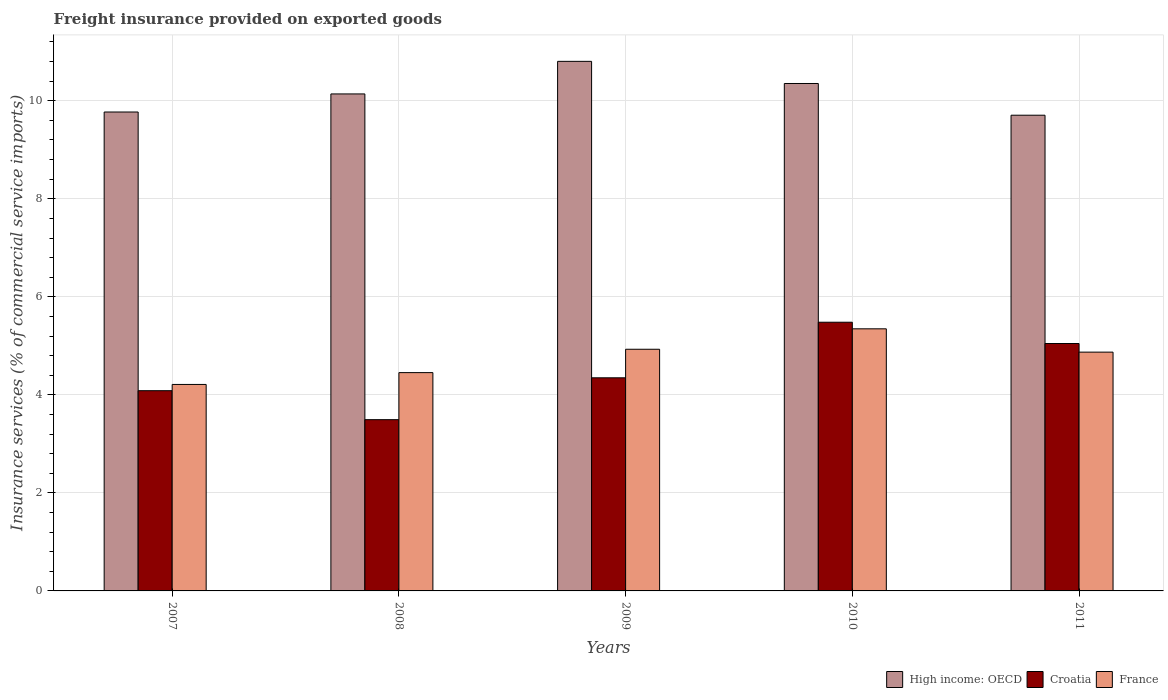
| Years | High income: OECD | Croatia | France |
 | --- | --- | --- | --- |
 | 2007 | 9.77 | 4.09 | 4.21 |
 | 2008 | 10.1 | 3.49 | 4.45 |
 | 2009 | 10.8 | 4.35 | 4.93 |
 | 2010 | 10.4 | 5.48 | 5.35 |
 | 2011 | 9.71 | 5.05 | 4.87 |